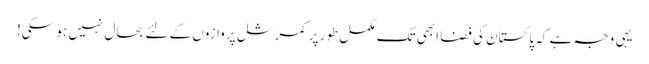
یہی وجہ ہے کہ پاکستان کی فضا ابھی تک مکمل طور پر کمرشل پروازوں کے لئے بحال نہیں ہو سکی!